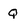
Character: Q